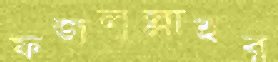
ফজলুল্লাহর